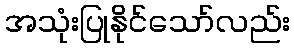
အသုံးပြုနိုင်သော်လည်း